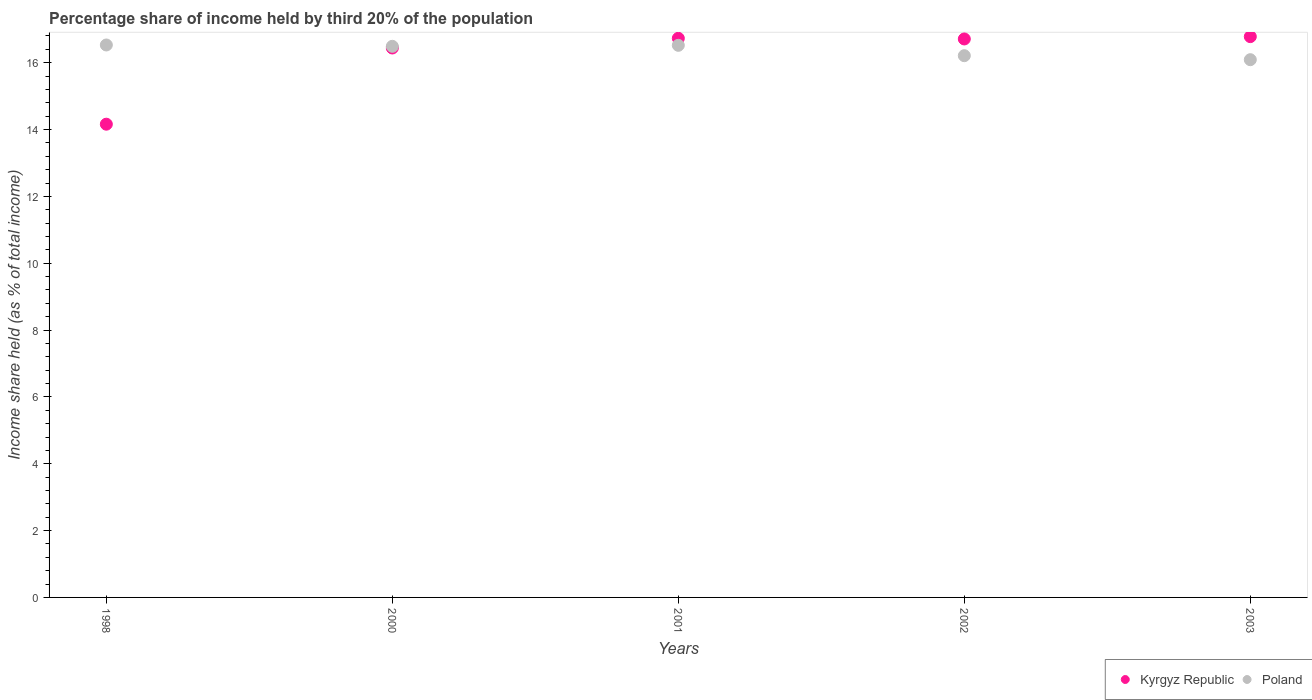
| Years | Kyrgyz Republic | Poland |
 | --- | --- | --- |
 | 1998 | 14.2 | 16.5 |
 | 2000 | 16.4 | 16.5 |
 | 2001 | 16.7 | 16.5 |
 | 2002 | 16.7 | 16.2 |
 | 2003 | 16.8 | 16.1 |